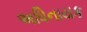
અધિનાયક